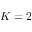
K = 2